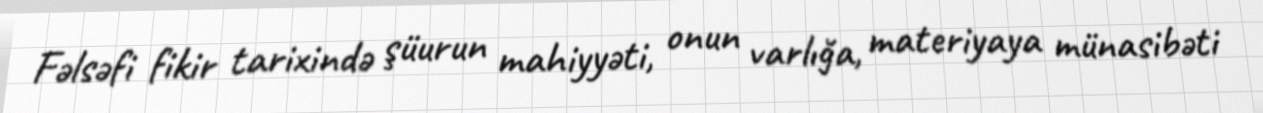
Fəlsəfi fikir tarixində şüurun mahiyyəti, onun varlığa, materiyaya münasibəti